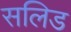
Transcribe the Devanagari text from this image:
सलिड